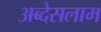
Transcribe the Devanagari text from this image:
अब्देसलाम